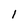
Character: 1